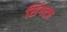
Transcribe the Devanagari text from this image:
सिंगल्ज़